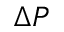
\Delta P